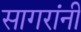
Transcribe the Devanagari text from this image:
सागरांनी